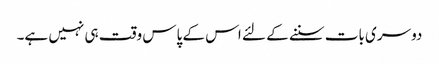
دوسری بات سننے کے لئے اس کے پاس وقت ہی نہیں ہے۔